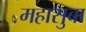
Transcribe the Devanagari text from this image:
महासुबा